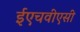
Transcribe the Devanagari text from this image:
ईएचवीएसी